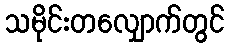
သမိုင်းတလျှောက်တွင်